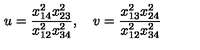
u = \frac { x _ { 1 4 } ^ { 2 } x _ { 2 3 } ^ { 2 } } { x _ { 1 2 } ^ { 2 } x _ { 3 4 } ^ { 2 } } , \quad v = \frac { x _ { 1 3 } ^ { 2 } x _ { 2 4 } ^ { 2 } } { x _ { 1 2 } ^ { 2 } x _ { 3 4 } ^ { 2 } }